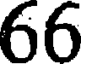
66